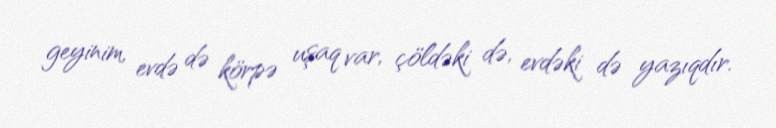
geyinim, evdə də körpə uşaq var, çöldəki də, evdəki də yazıqdır.